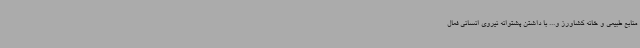
منابع طبیعی و خانه کشاورز و... با داشتن پشتوانه نیروی انسانی فعال